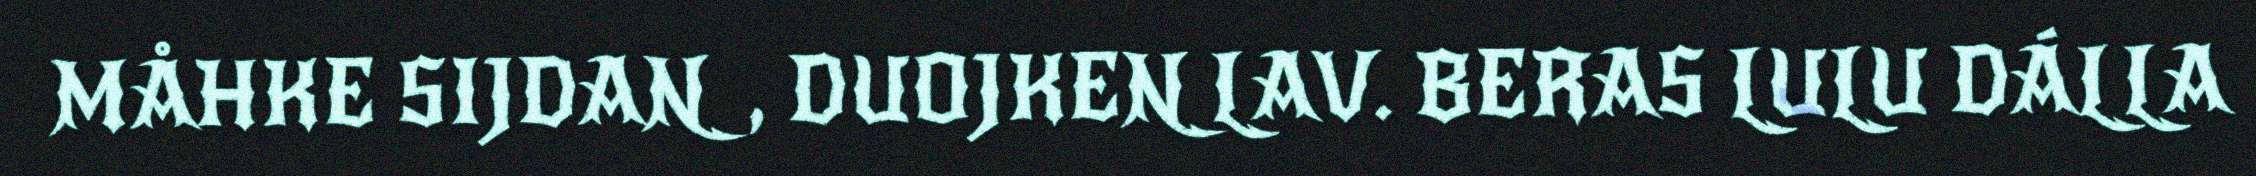
MÅHKE SIJDAN, DUOJKEN LAV. BERAS LULU DÁLLA